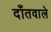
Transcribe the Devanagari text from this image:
दाँतवाले